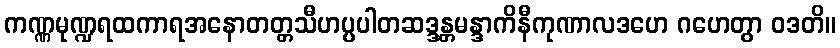
ကဏ္ဏမုဏ္ဍရထကာရအနောတတ္တသီဟပ္ပပါတဆဒ္ဒန္တမန္ဒာကိနီကုဏာလဒဟေ ဂဟေတွာ ဝဒတိ။